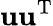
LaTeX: \mathbf{u}\mathbf{u}^{\mathrm{{T}}}